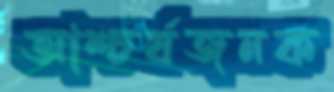
আশ্চর্যজনক